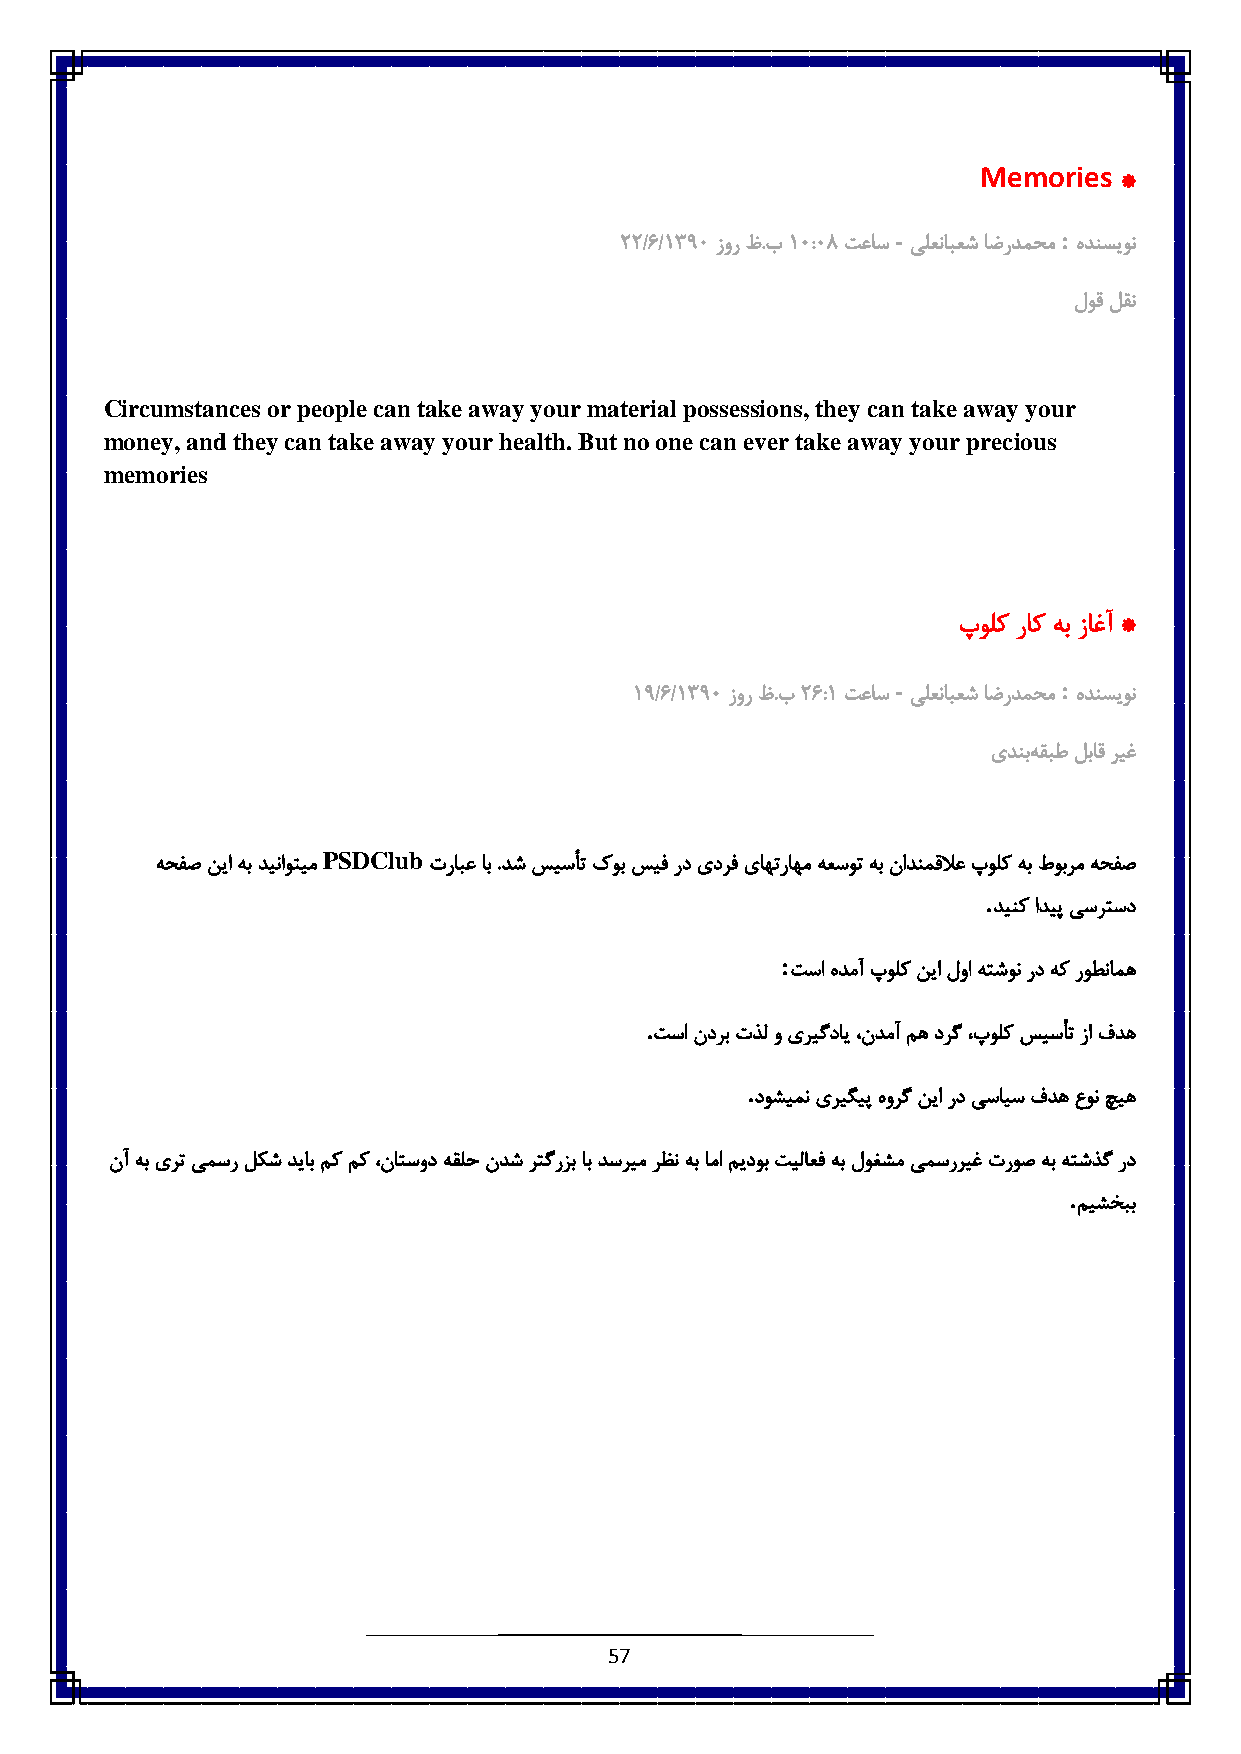
Memories
 *
 -          :
 ::/1/683٥ زور ظ.ب6 ٥:٥3 تعاس یلعنابعش اضردمحم هدنسیون
 لوق لقن
 Circumstances or people can take away your material possessions, they can take away your
 money, and they can take away your health. But no one can ever take away your precious
 memories
 پولک راک هب زاغآ *
 -          :
 63/1/683٥ زور ظ.ب: 1:6 تعاس یلعنابعش اضردمحم هدنسیون
 یدنبه قبط لباق ریغ
 PSDClub
 هحفص نیا هب دیناوتیم ترابع اب .دش سیسأت کوب سیف رد یدرف یاهتراهم هعسوت هب نادنمقلاع پولک هب طوبرم هحفص
 .
 دینک ادیپ یسرتسد
 :
 تسا هدمآ پولک نیا لوا هتشون رد هک روطنامه
 .
 تسا ندرب تذل و یریگدای ،ندمآ مه درگ ،پولک سیسأت زا فده
 .
 دوشیمن یریگیپ هورگ نیا رد یسایس فده عون چیه
 نآ هب یرت یمسر لکش دیاب مک مک ،ناتسود هقلح ندش رتگرزب اب دسریم رظن هب اما میدوب تیلاعف هب لوغشم یمسرریغ تروص هب هتشذگ رد
 .
 میشخبب
 57